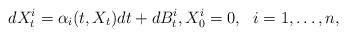
LaTeX: \begin{align*}dX^i_t = \alpha_i(t,X_t)dt + dB^i_t, X^i_0=0, \ \ i=1,\ldots,n, \end{align*}